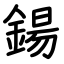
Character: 鍚